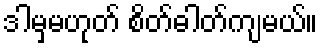
ဒါမှမဟုတ် စိတ်ဓါတ်ကျမယ်။